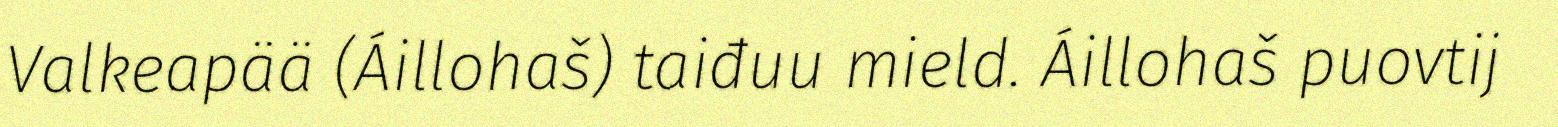
Valkeapää (Áillohaš) taiđuu mield. Áillohaš puovtij